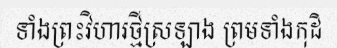
ទាំងព្រះវិហារថ្មីស្រឡាង ព្រមទាំងកុដិ